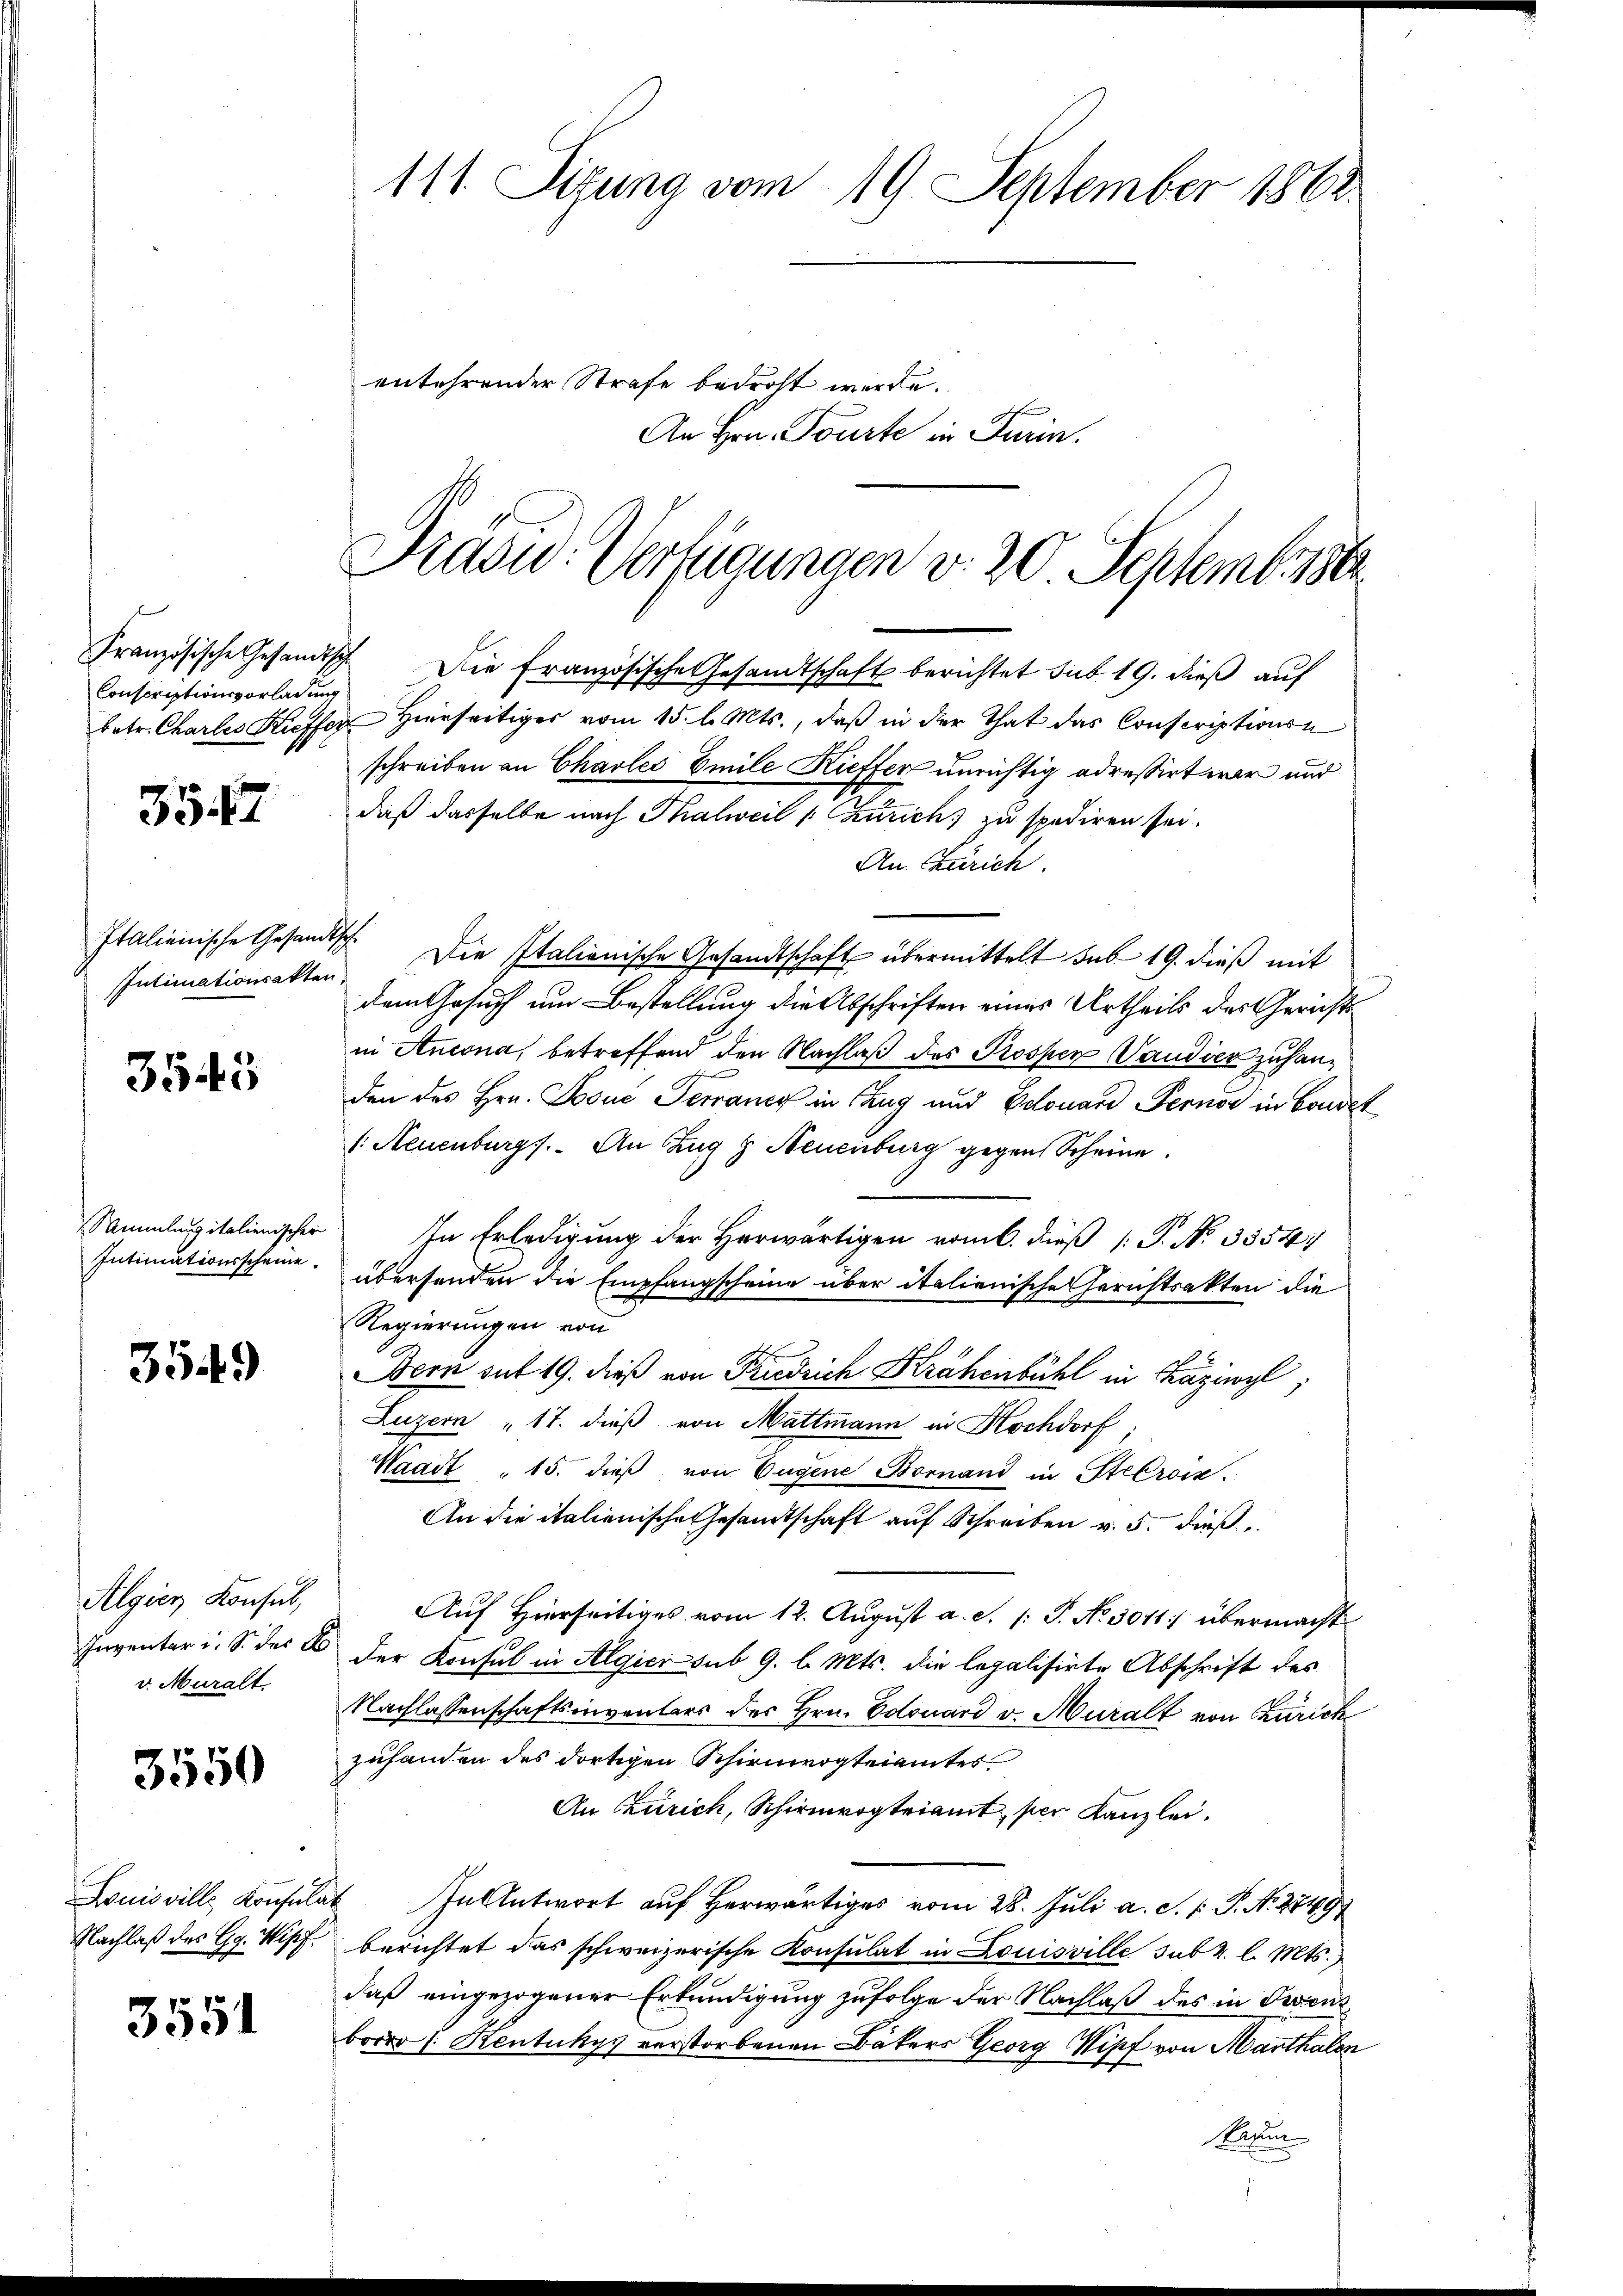
Conscriptionsvorladung

357

Intimationsakten.

3543

Sammlung italienischer
Intimationsscheine

3549

Algien Konsul,
Inventer i. S. der
v. Muralt

3550

Louisville Konsula
Nachlaß des Gg. Wipf

3551

111. Situng vom 19. September 1862.

entehrender Strafe bedroht werde.
An Hrn. Tourte in Turin.

Frasw. Verfügungen v. 20. Septemberst

Französische Gesandtsch. Die französische Gesandtschaft berichtet sub. 19. dieß auf
betr. Chartes Kiesser Hierseitiges vom 15. l. Mts., daß in der That das Conscriptionen
schreiben an Charlei Emile Kieffer unrichtig adressirt war und
daß dasselbe nach Thalweil (Zürich, zu spediren sei.
An Zürich
Italienische Gesandtsch. Die Italienische Gesandtschaft übermittelt sub 19. dieß mit
dem Gesuch um Bestellung die Abschriften eines Urtheils der Gerichts
in Ancona, betreffend den Nachlaß des Prospen Vaudier zu handen des Hrn. Josuć Terrang in Zug und Belouard Ferner in Condit
/. Neuenburg. An Zug 9 Neuenburg gegen Scheine
In Erledigung der Herwärtigen vom 6. dieß [ P. N. 3554:
übersenden die Empfangscheine über italienische Gerichtsakten die
Regierungen von
Bern mit 19. dieß von Friedrich Krähenbühl in Kazins;
Luzern 17. dieß von Mattmann in Kochdorf
Waadt " 15. dieß, von Eugene Bornand in Stebrock.
An die italienische Gesamtschaft auf Schreiben v. 5. dieß
Auf Hierseitiges vom 12. August a. S. 1: P. No. 5011) übermacht
der Konsul in Algier sub 9. l. Mts. die legalisirte Abschrift des
Nachlassenschaftsinventars des Hrn. Edouard v. Muralt von Zürich
zuhanden des dortigen Schirmvogteiamtes
An Zürich, Schirmvogteiamt per Kanzlei.
 In Antwort auf Herwärtiges vom 28. Juli a. S. P. P. Nr. 2749
berichtet das schweizerische Konsulat in Louisville sub 2. l. Mts.,
daß eingezogener Erkundigung zufolge der Nachlaß des in Diens
bordo /: Kentukys verstorbenen Bäkers Georg Wipf von Marthalen
Raten